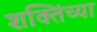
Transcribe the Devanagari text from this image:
शक्तिंच्या